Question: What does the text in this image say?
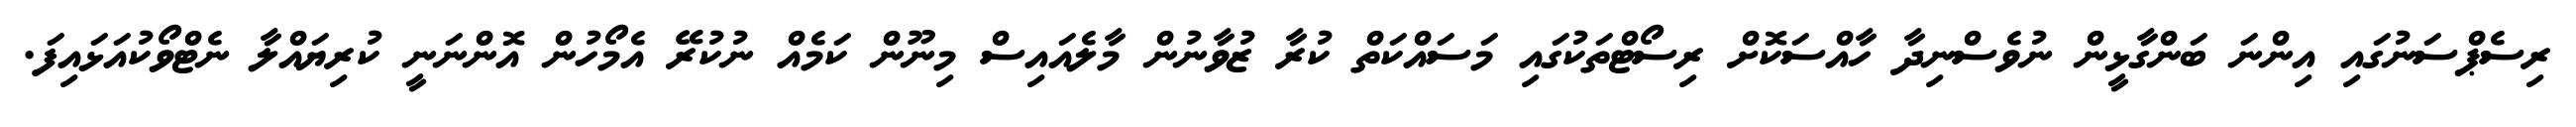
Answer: ރިސެޕްސަނުގައި އިންނަ ބަންގާޅީން ނުވެސްނިދާ ހާއްސަކޮށް ރިސޯޓްތަކުގައި މަސައްކަތް ކުރާ ޒުވާނުން މާލެއައިސް މިނޫން ކަމެއް ނުކުރޭ އެމޯހުން އޮންނަނީ ކުރިޔައްލާ ނެޓްވޯކުއަޅައިފަ.